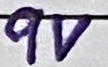
Text: 9V